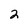
Character: 2